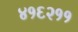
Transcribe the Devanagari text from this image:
४१६२११